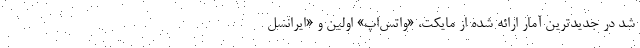
شد در جدیدترین آمار ارائه شده از مایکت، «واتس‌اپ» اولین و «ایرانسل